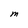
Character: M